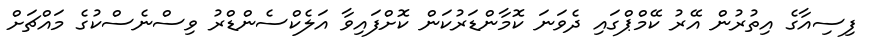
ފިސިއާގެ އިތުރުން އޭރު ކޭމްޕްގައި ދެވަނަ ކޮމާންޑަރުކަން ކޮށްފައިވާ އަލެކްސެންޑްރު ވިސްނެސްކުގެ މައްޗަށް